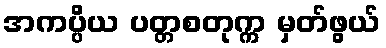
အကပ္ပိယ ပတ္တစတုက္က မှတ်ဖွယ်